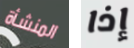
المنشأة إذا